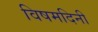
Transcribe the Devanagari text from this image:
विषमदिनी